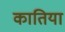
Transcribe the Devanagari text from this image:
कातिया